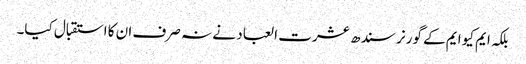
بلکہ ایم کیو ایم کے گورنر سندھ عشرت العباد نے نہ صرف ان کا استقبال کیا۔